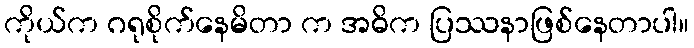
ကိုယ်က ဂရုစိုက်နေမိတာ က အဓိက ပြဿနာဖြစ်နေတာပါ။